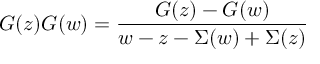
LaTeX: G ( z ) G ( w ) = { \frac { G ( z ) - G ( w ) } { w - z - \Sigma ( w ) + \Sigma ( z ) } }